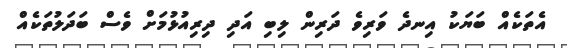
އެތަކެއް ބަޔަކު އިނދެ ވަރިވެ ދަރިން ލިބި އަދި ދިރިއުޅުމަށް ވެސް ބަދަލުތަކެއް